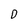
Character: D